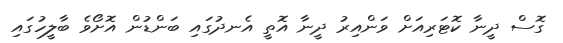
ގޮސް ދީނާ ކޮޓަރިއަށް ވަންއިރު ދީނާ އޮތީ އެނދުގައި ބަންޑުން އޮށޯވެ ބާލީހުގައި